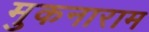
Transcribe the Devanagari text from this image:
मुकनाराम